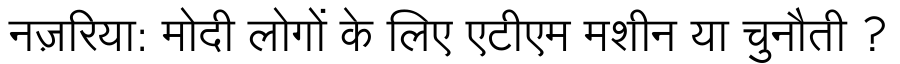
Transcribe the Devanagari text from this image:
नज़रिया: मोदी लोगों के लिए एटीएम मशीन या चुनौती ?